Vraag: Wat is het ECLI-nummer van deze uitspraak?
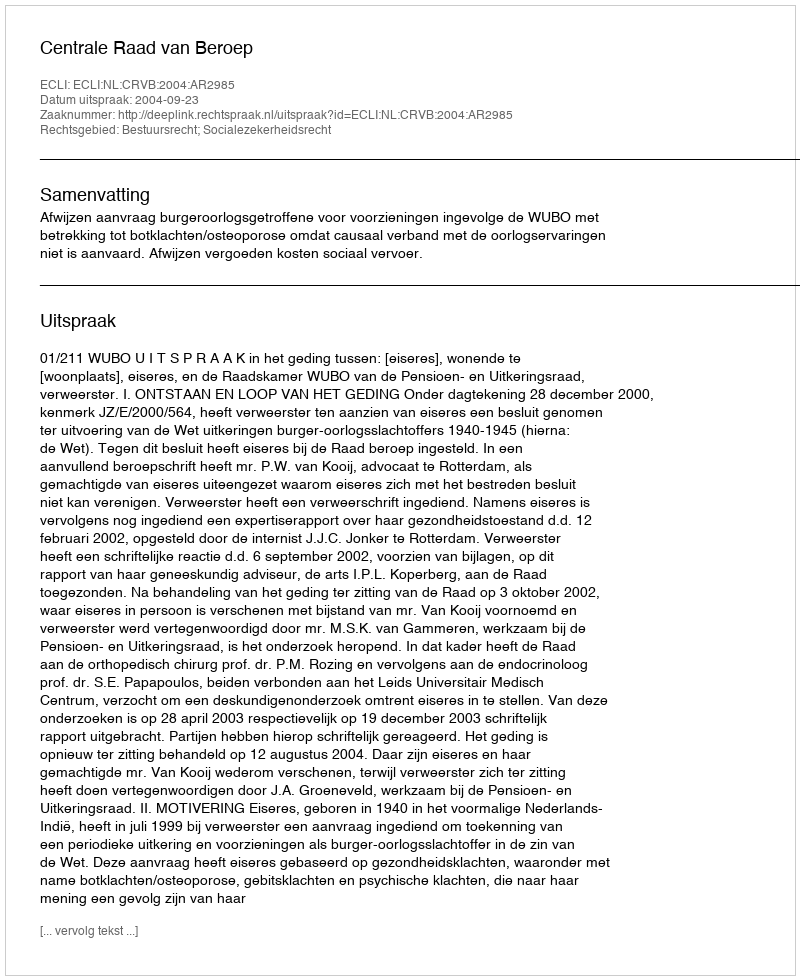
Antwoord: ECLI:NL:CRVB:2004:AR2985